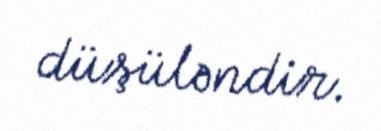
düşüləndir.